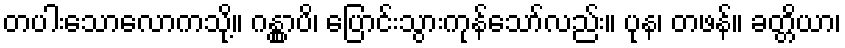
တပါးသောလောကသို့။ ဂန္တွာပိ၊ ပြောင်းသွားကုန်သော်လည်း။ ပုန၊ တဖန်။ ခတ္တိယာ၊